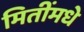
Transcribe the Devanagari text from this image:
मितींमधे